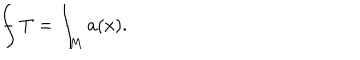
{ \int \! \! \! \! \! \! - } \ T = \int _ { M } a ( x ) .